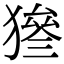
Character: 𤡙